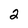
Character: 2